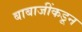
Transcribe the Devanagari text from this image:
बाबाजींकडून